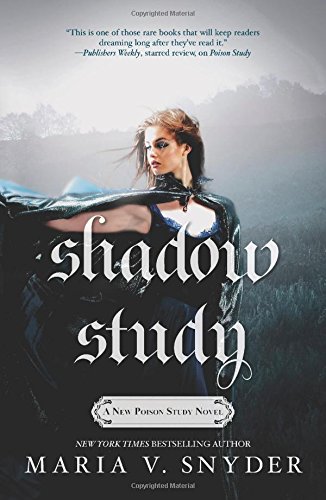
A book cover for Shadow Study (Soulfinders); Maria V. Snyder; Romance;